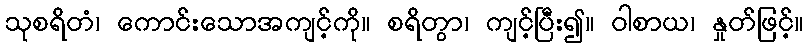
သုစရိတံ၊ ကောင်းသောအကျင့်ကို။ စရိတွာ၊ ကျင့်ပြီး၍။ ဝါစာယ၊ နှုတ်ဖြင့်။